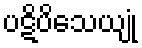
ပဋိပိသေယျုံ